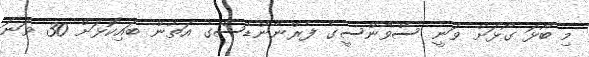
މި ބޯޅަ ގޯޅަށް ވަނީ ސްވާންސީގެ ފެރްނާންޑެސްގެ އަތުން ބައިކޮޅަށް 30 ވަނަ